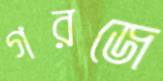
গরজে